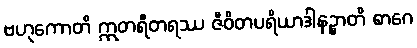
ဗဟုကောတိ ဣတရီတရဿ ဇီဝိတပရိယာဒါနဉ္စာတိ စာဂေ